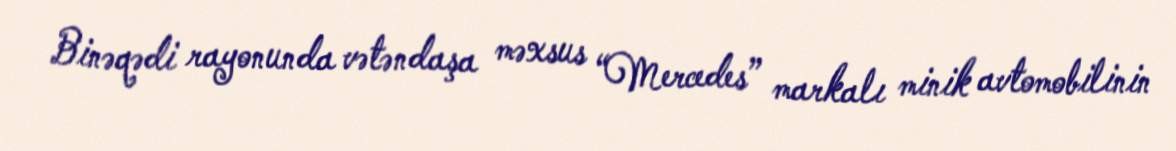
Binəqədi rayonunda vətəndaşa məxsus “Mercedes” markalı minik avtomobilinin